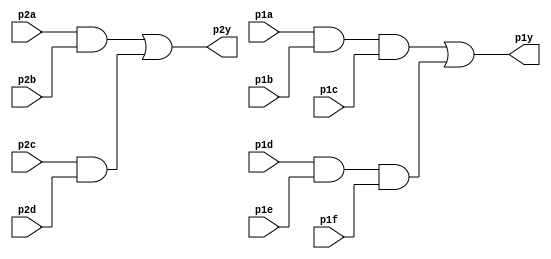
module top_module ( 
    input p1a, p1b, p1c, p1d, p1e, p1f,
    output p1y,
    input p2a, p2b, p2c, p2d,
    output p2y );
/// we can implement it in many ways
/// Declare wires for all intermediate connections
/// or directly we can write the syntax for the obtained boolean expressions
    // First method of directly implementing the boolean expression for outputs.
 //   assign p1y = (p1a & p1b & p1c)|(p1d & p1e & p1f);
 //  assign p2y = (p2a & p2b)|(p2c & p2d);
    // Second Method is to declare wires for intermediates.
    wire a1; //and gate 1
    wire a2; //and gate 2
    wire a3; //and gate 3
    wire a4; //and gate 4
    and (a1, p1a, p1b, p1c);
    and (a2, p1d, p1e, p1f);
    and (a3, p2a, p2b);
    and (a4, p2c, p2d);
    or (p1y, a1, a2);
    or (p2y, a3, a4);
endmodule